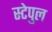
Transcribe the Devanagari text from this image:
स्टेपुल